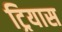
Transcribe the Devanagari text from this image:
ट्रियास